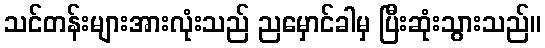
သင်တန်းများအားလုံးသည် ညမှောင်ခါမှ ပြီးဆုံးသွားသည်။